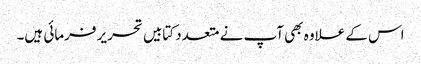
اس کے علاوہ بھی آپ نے متعدد کتابیں تحریر فرمائی ہیں۔